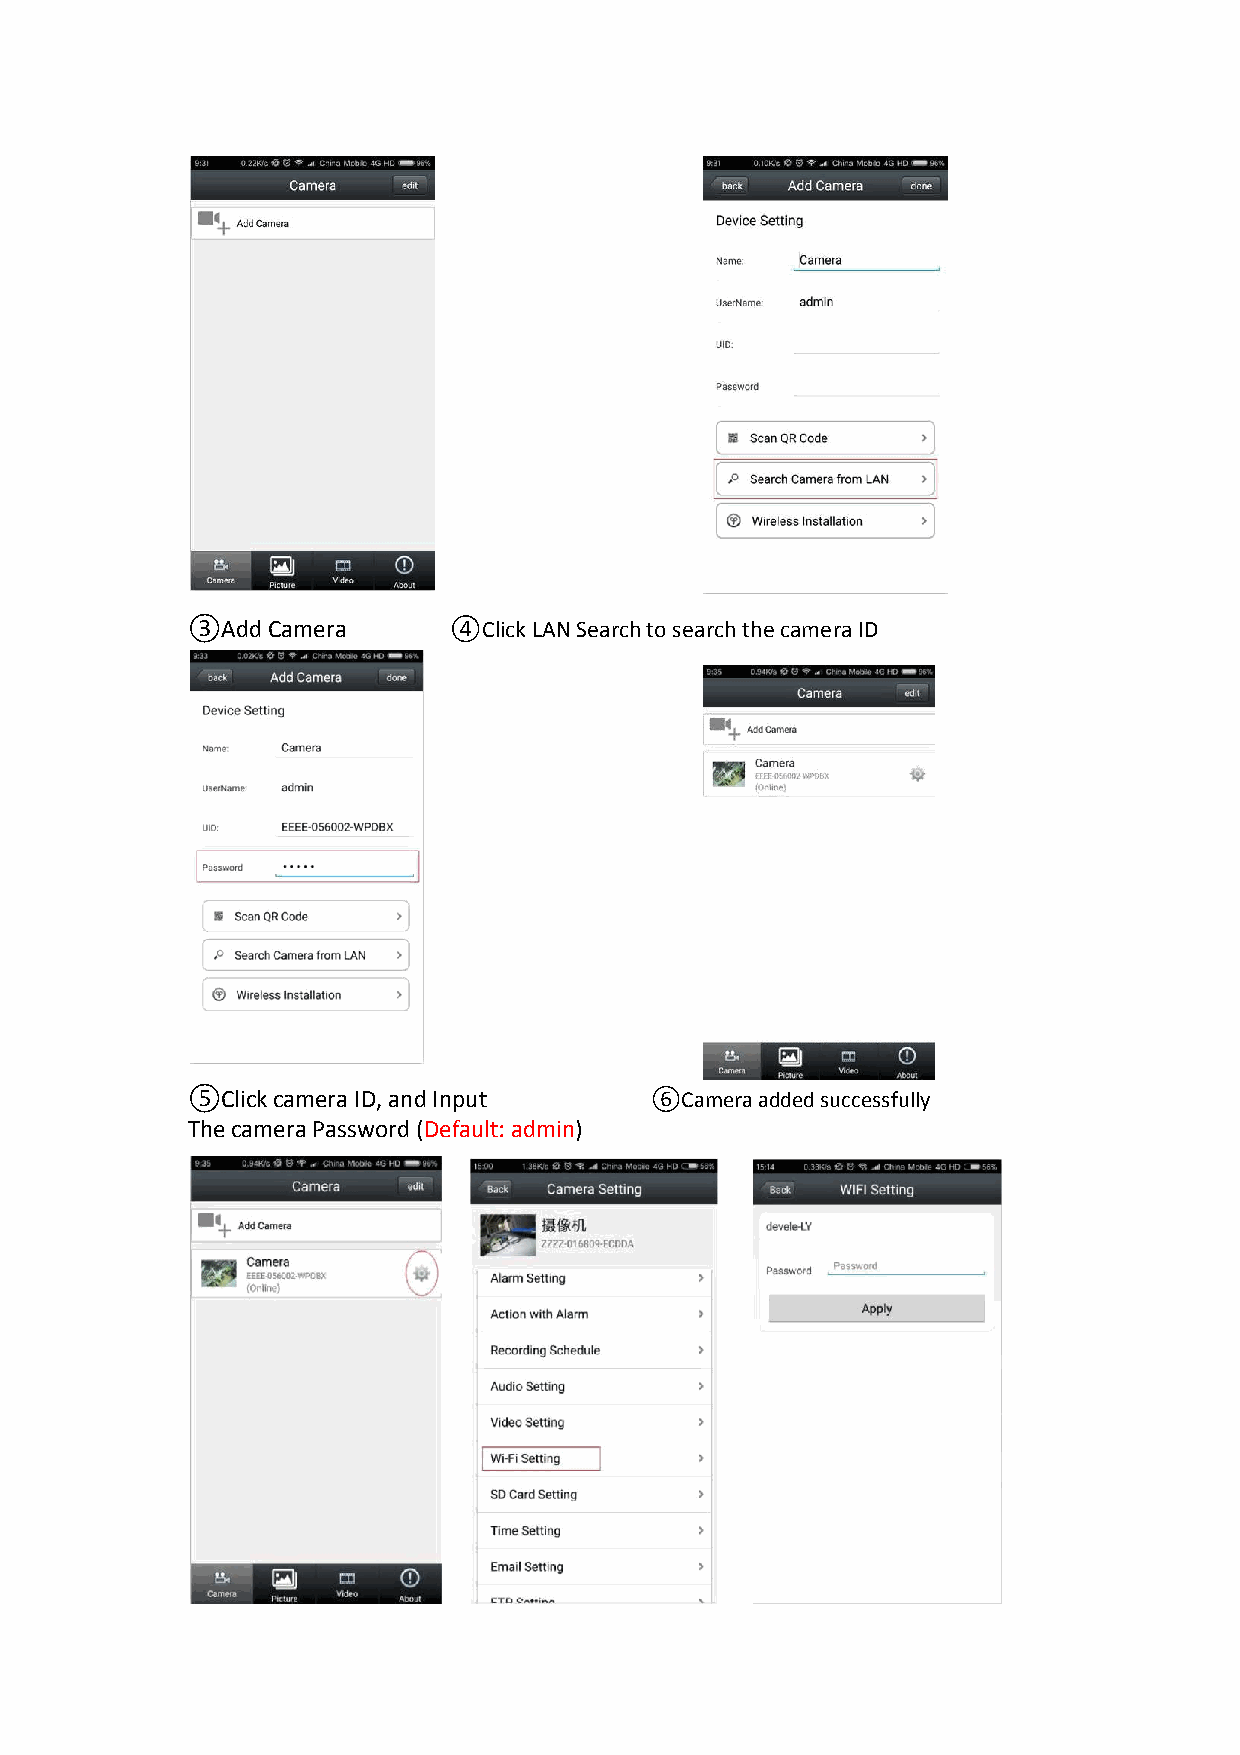
③Add  Camera      ④Click LAN Search to search the camera ID
 ⑤Click camera ID, and Input    ⑥Camera added successfully
 The camera Password (Default: admin)